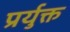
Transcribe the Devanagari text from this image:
प्रर्युक्त